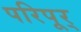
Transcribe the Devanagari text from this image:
परिपूर्